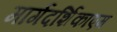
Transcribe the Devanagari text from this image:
मार्गदर्शिकाएम